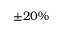
\pm 2 0 \%